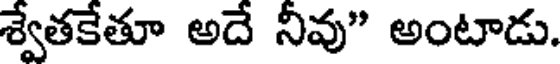
శ్వేతకేతూ అదే నీవు" అంటాడు.